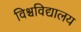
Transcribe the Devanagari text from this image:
विश्चविद्यालय